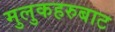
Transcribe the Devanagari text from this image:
मुलुकहरुबाट